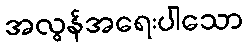
အလွန်အရေးပါသော